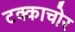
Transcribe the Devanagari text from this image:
टक्काचोर